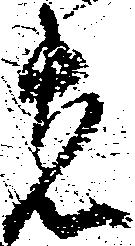
者